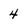
Character: 4